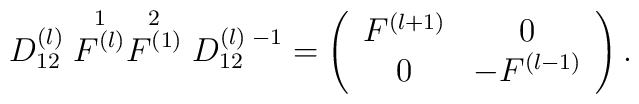
D_{12}^{(l)} \stackrel{1}{F^{(l)}} \stackrel{2}{F^{(1)}} D_{12}^{(l) \; -1}= \left( \begin{array} {cc}  F^{(l+1)} & 0\\  0 & - F^{(l-1)} \end{array} \right).